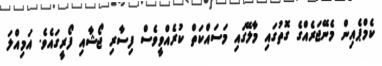
ކެމްޕެއިން މެނޭޖަރެއްގެ ގޮތުގައި މާލޭގައި މަސައްކަތް ކުރެއްވީވެސް ފިސާރި ޖޯޝާއި ފޯރީގައެވެ. އަމިއްލަ